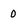
Character: O